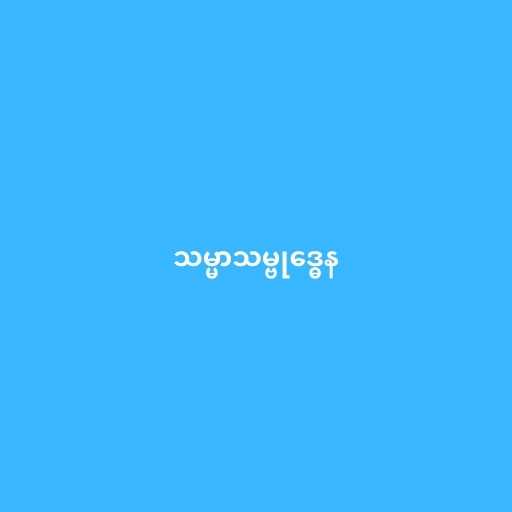
သမ္မာသမ္ဗုဒ္ဓေန